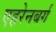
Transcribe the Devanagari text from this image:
एहरेनबर्ग